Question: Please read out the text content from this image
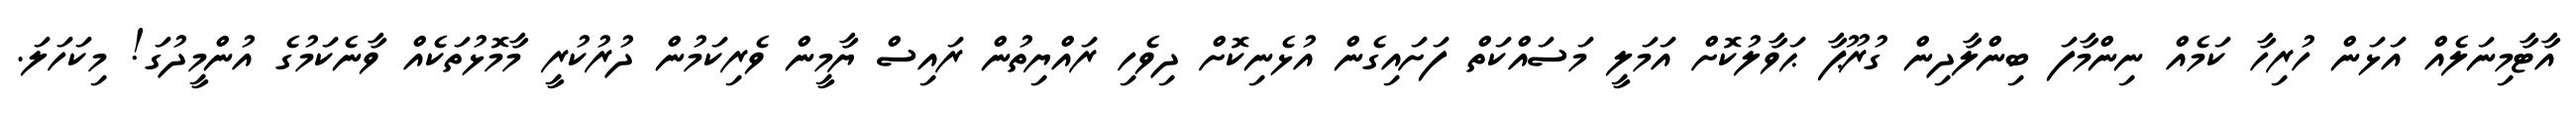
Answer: އާޓާމިނަލެއް އަޅަން ހުރިހާ ކަމެއް ނިންމާފަ ބިންލާދިން ގުރޫޕާ ޙަވާލުކޮށް އަމަލީ މަސައްކަތް ފަށައިގެން އުޅެނިކޮށް ދިވެހި ރައްޔިތުން ރައިސް ޔާމީން ވެރިކަމުން ދުރުކުރީ މާމޮޅުތަކެއް ވާނެކަމުގެ އުންމީދުގަ! މިކަހަލަ.